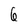
Character: 6